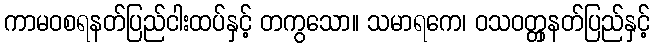
ကာမဝစရနတ်ပြည်ငါးထပ်နှင့် တကွသော။ သမာရကေ၊ ဝသဝတ္တှနတ်ပြည်နှင့်